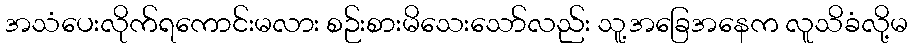
အသံပေးလိုက်ရကောင်းမလား စဉ်းစားမိသေးသော်လည်း သူ့အခြေအနေက လူသိခံလို့မ